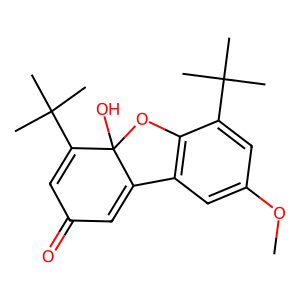
SMILES: COc1cc2c(c(C(C)(C)C)c1)OC1(O)C2=CC(=O)C=C1C(C)(C)C
Inhibits HIV replication: No